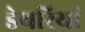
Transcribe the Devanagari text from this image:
डेयरियां